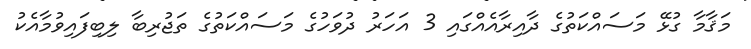
މަޤާމާ ގުޅޭ މަސައްކަތުގެ ދާއިރާއެއްގައި 3 އަހަރު ދުވަހުގެ މަސައްކަތުގެ ތަޖުރިބާ ލިބިފައިވުމާއެކު